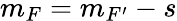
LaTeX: m_{F}=m_{F^{\prime}}-s